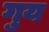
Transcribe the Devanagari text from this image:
गुय